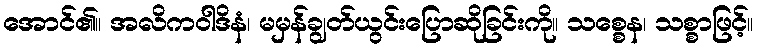
အောင်၏။ အလိကဝါဒိနံ၊ မမှန်ချွတ်ယွင်းပြောဆိုခြင်းကို။ သစ္စေန၊ သစ္စာဖြင့်။